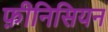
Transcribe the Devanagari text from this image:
फ़ीनिसियन